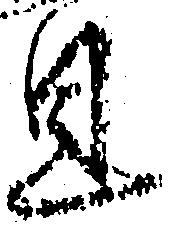
見